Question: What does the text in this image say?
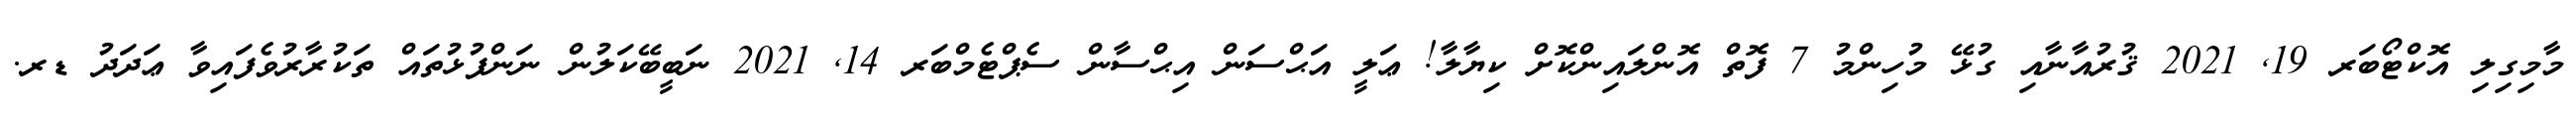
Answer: މާމިގިލި އޮކްޓޯބަރ 19, 2021 ޤުރުއާނާއި ގުޅޭ މުހިންމު 7 ފޮތް އޮންލައިންކޮށް ކިޔާލާ! ޢަލީ އަޙްސަން އިޙްސާން ސެޕްޓެމްބަރ 14, 2021 ނަބީބޭކަލުން ނަންފުޅުތައް ތަކުރާރުވެފައިވާ ޢަދަދު ޑރ.